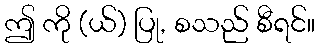
ဤ ကို (ယ်) ပြု, စသည် စီရင်။